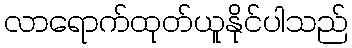
လာရောက်ထုတ်ယူနိုင်ပါသည်